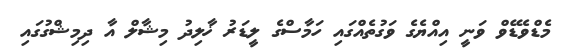
މެޑްވެޑޭވް ވަނީ އިއްޔެގެ ވަގުތެއްގައި ހަމާސްގެ ލީޑަރު ޚާލިދު މިޝާލް އާ ދިމިޝްގުގައި